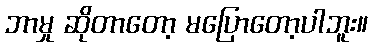
ဘာမှု ဆိုတာတော့ မပြောတော့ပါဘူး။